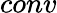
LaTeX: conv